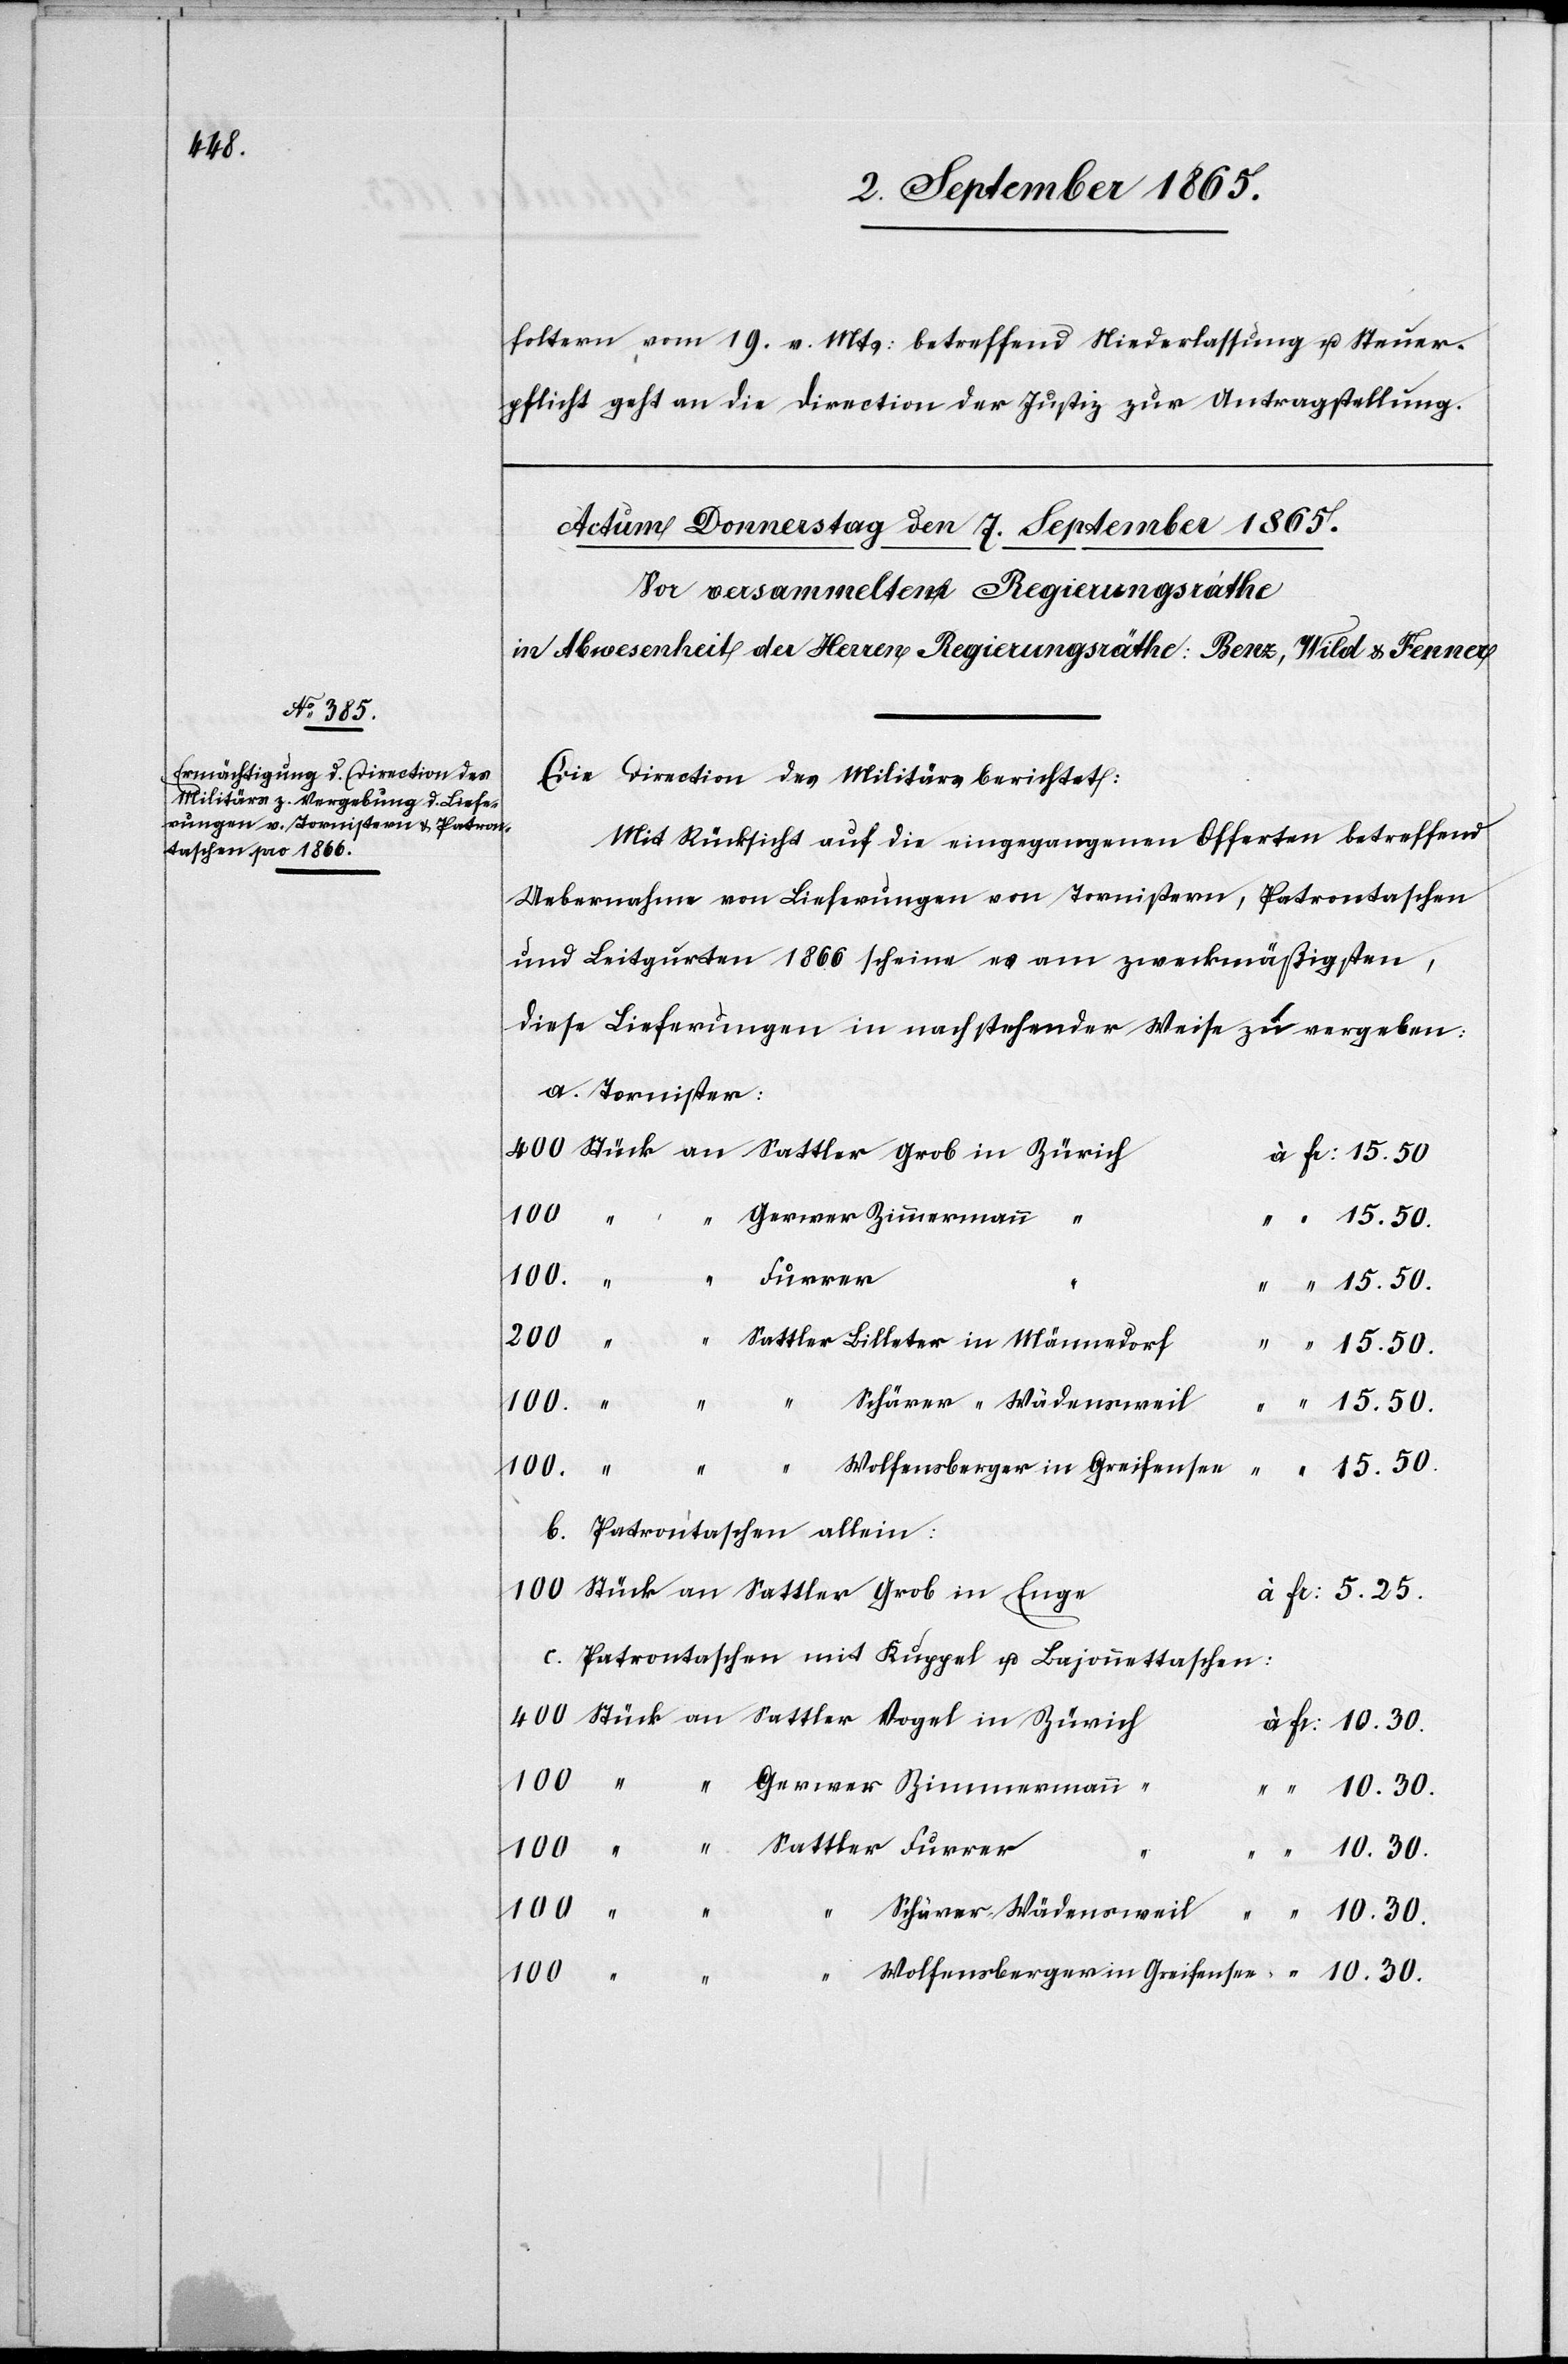
foltern, vom 19. v. Mts. betreffend Niederlassung u. Steuer¬
pflicht geht an die Direction der Justiz zur Antragstellung.
Die Direction des Militärs berichtet:
Mit Rücksicht auf die eingegangenen Offerten betreffend
Uebernahme von Lieferungen von Tornistern, Patrontaschen
und Leitgurten 1866 scheine es am zweckmäßigsten,
diese Lieferungen in nachstehender Weise zu vergeben:
a. Tornister:
Gerwer Zimmermann
Sattler
Furrer
100
30.
Sattler Billeter in Männedorf
Wolfensberger in Greifensee
10.
b. Patrontaschen allein:
c. Patrontaschen mit Kuppel u. Bajonnettaschen:
Schärer, Wädensweil
10.